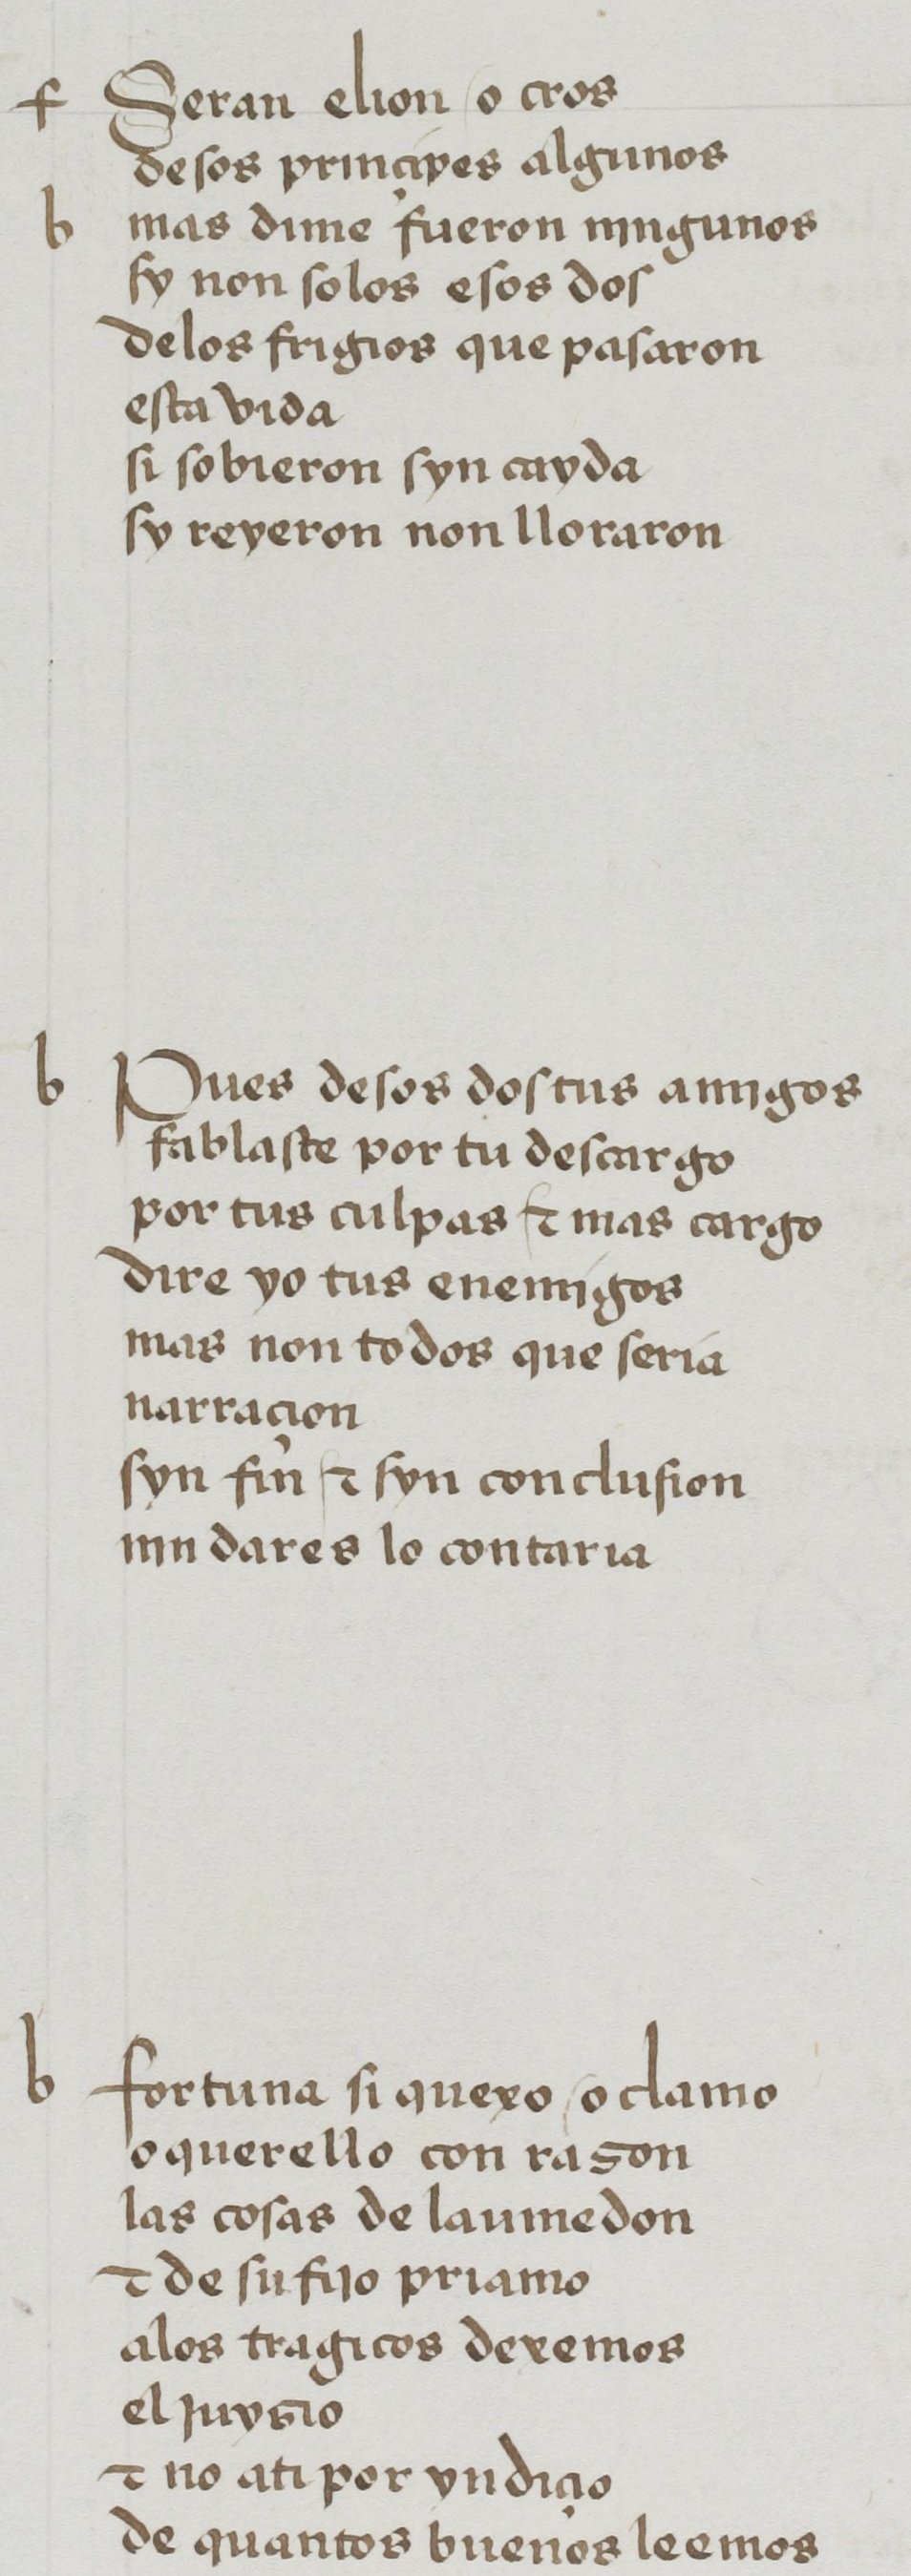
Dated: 1455–1485